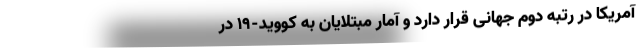
آمریکا در رتبه دوم جهانی قرار دارد و آمار مبتلایان به کووید-۱۹ در